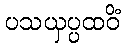
ပသယှပ္ပထဝိံ